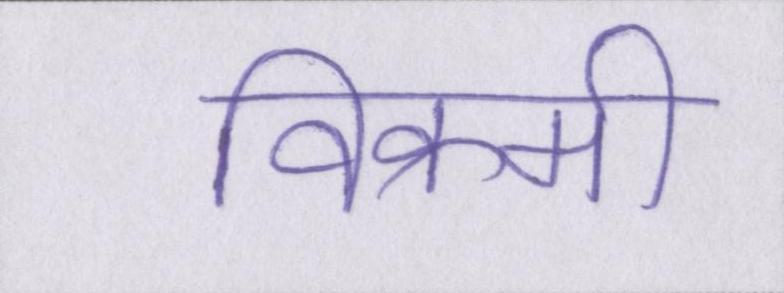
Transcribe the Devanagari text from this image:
विक्रमी